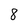
Character: 8